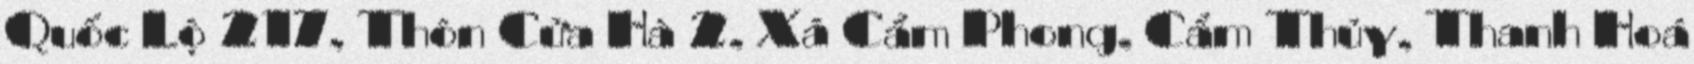
Quốc Lộ 217, Thôn Cửa Hà 2, Xã Cẩm Phong, Cẩm Thủy, Thanh Hoá